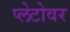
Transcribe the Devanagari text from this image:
प्लेटोवर